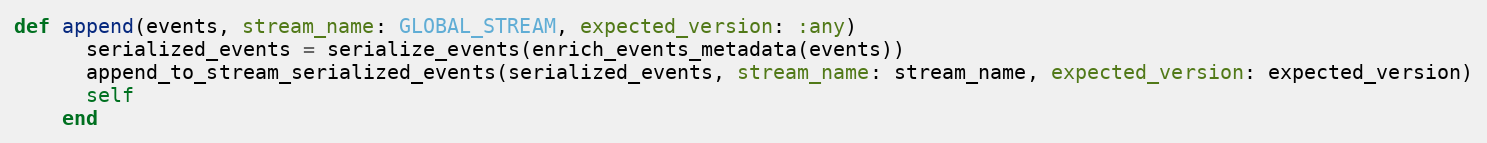
Language: Ruby
def append(events, stream_name: GLOBAL_STREAM, expected_version: :any)
      serialized_events = serialize_events(enrich_events_metadata(events))
      append_to_stream_serialized_events(serialized_events, stream_name: stream_name, expected_version: expected_version)
      self
    end